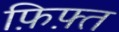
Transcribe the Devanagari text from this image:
फ़िफ़्त